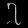
Digit: ၇